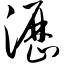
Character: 沥